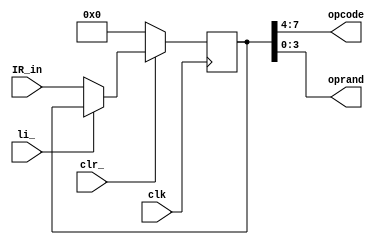
module IR(
	output [7:4] opcode,
	output [3:0] oprand,
	input wire [7:0] IR_in,
	input li_,
	input clk,
	input clr_
	);
	
	reg [7:0] q;

	always @(posedge clk)
	begin
		if(~clr_) q <=8'b0;
		else if(~li_) q <= IR_in;
	end
	
	assign opcode = q[7:4];
	assign oprand = q[3:0];

endmodule